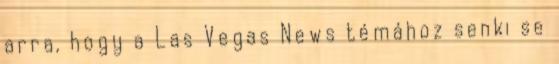
arra, hogy a Las Vegas News témához senki se